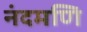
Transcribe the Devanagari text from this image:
नंदमणि